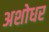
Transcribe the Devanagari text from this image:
अशोधर